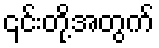
၎င်းတို့အတွက်